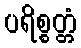
ပရိစ္စတ္တံ